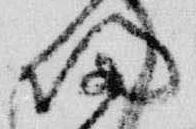
帰